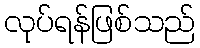
လုပ်ရန်ဖြစ်သည်